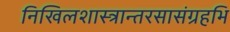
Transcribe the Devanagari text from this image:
निखिलशास्त्रान्तरसासंग्रहभि